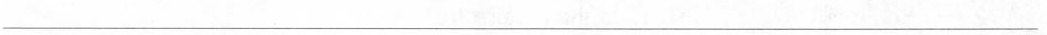
___